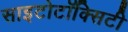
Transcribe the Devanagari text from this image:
साइटोटॉक्सिटी